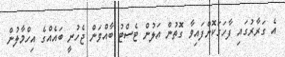
އެ ގަރާރުގައި ފާހަގަކޮށްފައިވާ ގޮތުން އަލުން ޓެސްޓު ބާއްވަން ޖެހުނީ ބައެއްގެ އިހްމާލުން